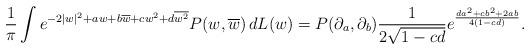
LaTeX: \begin{align*}\frac{1}{\pi} \int e^{-2 |w|^2 + aw + b\overline{w} + cw^2 + d\overline{w^2}}P(w,\overline{w})\,dL(w) = P(\partial_a,\partial_b) \frac{1}{2 \sqrt{1-cd}} e^{\frac{da^2+cb^2+2ab}{4(1-cd)}}.\end{align*}